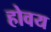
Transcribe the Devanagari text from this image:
होवय